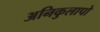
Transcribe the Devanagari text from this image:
अनिकुलापो